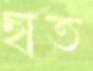
ছাত